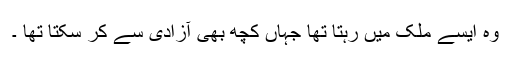
وه ایسے ملک میں رہتا تها جہاں کچھ بهى آزادى سے کر سکتا تها ۔